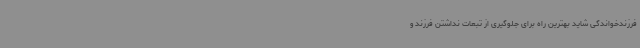
فرزندخواندگی شاید بهترین راه برای جلوگیری از تبعات نداشتن فرزند و